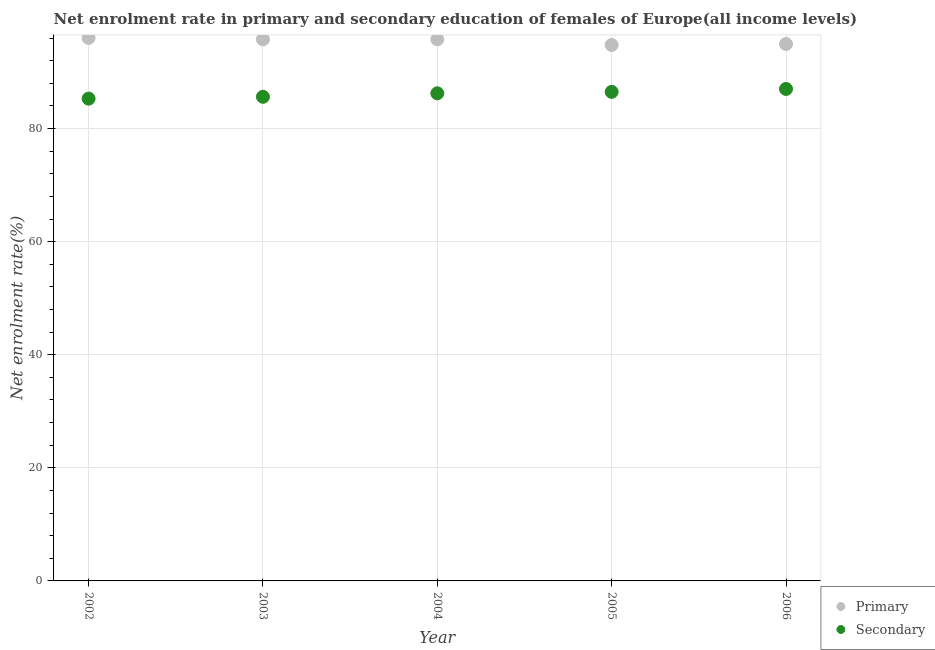
| Year | Primary | Secondary |
 | --- | --- | --- |
 | 2002 | 96 | 85.3 |
 | 2003 | 95.8 | 85.6 |
 | 2004 | 95.8 | 86.2 |
 | 2005 | 94.8 | 86.5 |
 | 2006 | 95 | 87 |